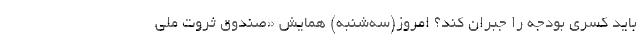
باید کسری بودجه را جبران کند؟ امروز(سه‌شنبه) همایش «صندوق ثروت ملی